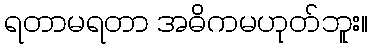
ရတာမရတာ အဓိကမဟုတ်ဘူး။